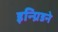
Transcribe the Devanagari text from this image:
इन्ग्रिडने